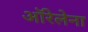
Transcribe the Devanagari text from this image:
ऑरेलेना